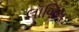
લૉગિન